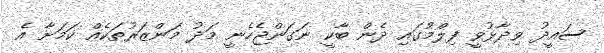
ސައީދު ވިދާޅުވީ ފިލްމުގައި ދެން ބާކީ ނަގަންޖެހެނީ މަދު މަންޒަރުތަކެއް ކަމަށާ އެ